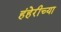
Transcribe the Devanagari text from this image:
हंहेरीच्या